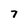
Character: 7